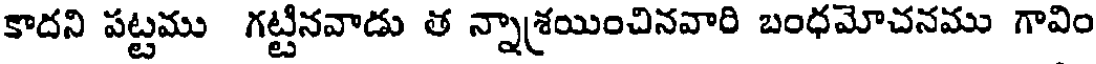
కాదని పట్టము గట్టినవాడు త న్నాశయించినవారి బంధమోచనము గావిం